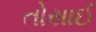
તોસાઈ